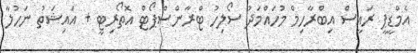
އެމްޑީޕީ ރައީސް އިބްރާހިމް މުހައްމަދު ސޯލިހު ޓްރާންސްޕޯޓް އޮތޯރިޓީ + އައިޝަތު ނަހުލާ